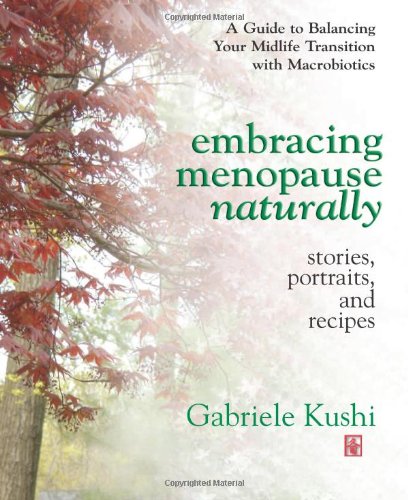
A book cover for Embracing Menopause Naturally: Stories, Portraits, and Recipes; Gabriele Kushi; Health, Fitness & Dieting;